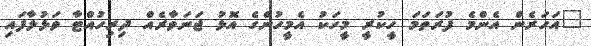
"އަހަރެން އެންމެ ފުރަތަމަ ހީކުރީ މީހަކު އެމީހުންގެ އޮޅު ޖަނަވާރެއް ދިރިހުއްޓާ ވަޅުލާފައި